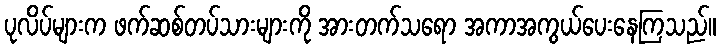
ပုလိပ်များက ဖက်ဆစ်တပ်သားများကို အားတက်သရော အကာအကွယ်ပေးနေကြသည်။